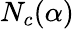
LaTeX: N_{c}(\alpha)